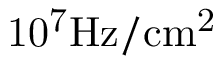
\mathrm { 1 0 ^ { 7 } H z / c m ^ { 2 } }